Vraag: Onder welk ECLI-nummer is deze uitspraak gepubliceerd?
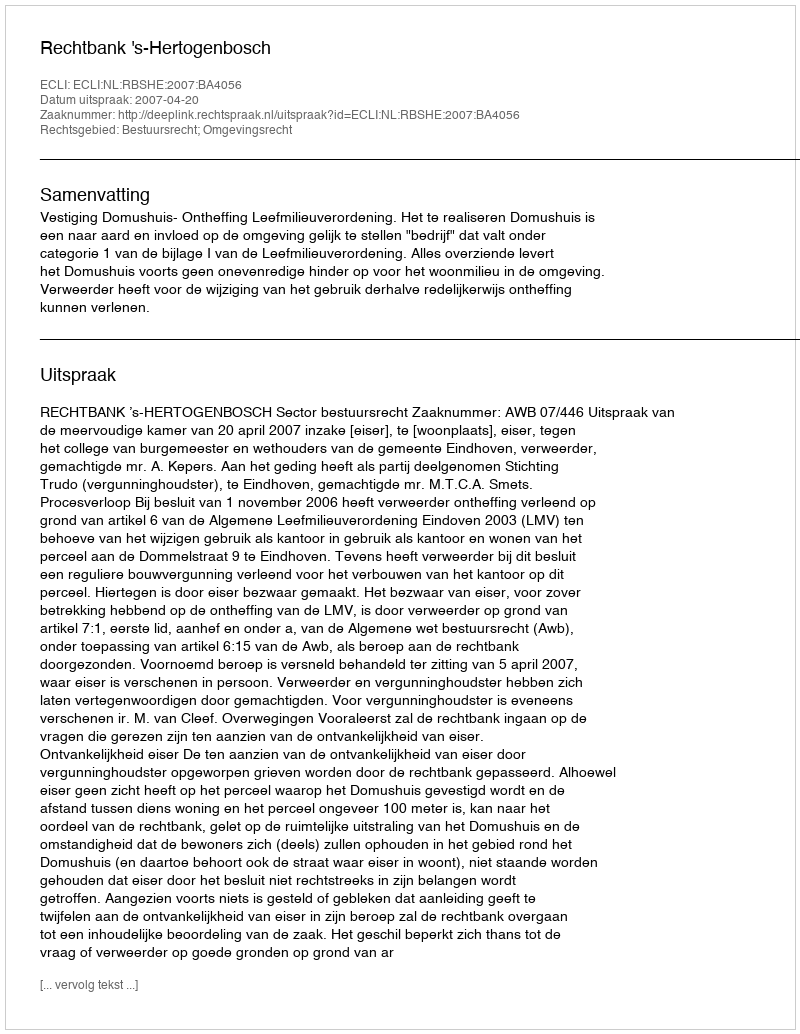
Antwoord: ECLI:NL:RBSHE:2007:BA4056